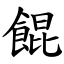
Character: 餛